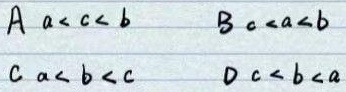
A \(a < c < b\) \qquad B \(c < a < b\)

C \(a < b < c\) \qquad D \(c < b < a\)